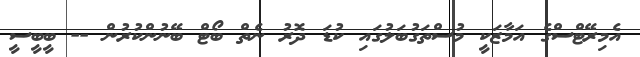
އެމިރޭޓްސްގެ އަމާޒަކީ މުސްތަގުބަލުގައި ކުޑަ ދޮރު ނެތް ބޯޓް ބޭނުންކުރުން -- ބީބީސީ